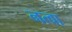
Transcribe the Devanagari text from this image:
नत्वा